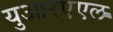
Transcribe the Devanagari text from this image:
युआरएएल